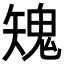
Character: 𩲶